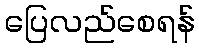
ပြေလည်စေရန်